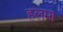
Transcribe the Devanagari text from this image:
हलमा